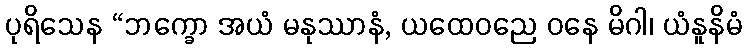
ပုရိသေန “ဘက္ခော အယံ မနုဿာနံ, ယထေဝညေ ဝနေ မိဂါ၊ ယံနူနိမံ